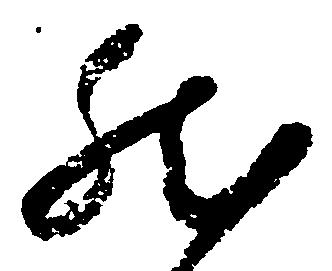
然